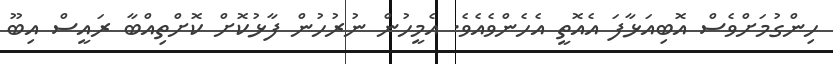
ހިންގުމަށްވެސް އޮބިއަޅާފަ އެއޮތީ އެހެންވެއެވެ. އެމީހުން ނުރުހުން ފާޅުކޮށް ކޮށްތިއްބާ ރައީސް އިބޫ